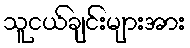
သူငယ်ချင်းများအား